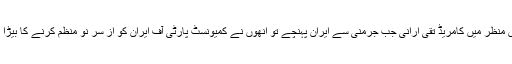
اس پس منظر میں کامریڈ تقی ارانی جب جرمنی سے ایران پہنچے تو انھوں نے کمیونسٹ پارٹی آف ایران کو از سرِ نو منظم کرنے کا بیڑا اٹھایا ۔